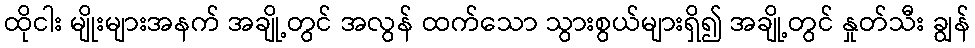
ထိုငါး မျိုးများအနက် အချို့တွင် အလွန် ထက်သော သွားစွယ်များရှိ၍ အချို့တွင် နှုတ်သီး ချွန်